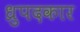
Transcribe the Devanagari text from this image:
ध्रुपदकार